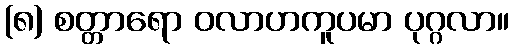
(၈) စတ္တာရော ဝလာဟကူပမာ ပုဂ္ဂလာ။